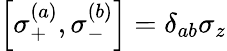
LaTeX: \left[\sigma_{+}^{(a)},\sigma_{-}^{(b)}\right]=\delta_{ab}\sigma_{z}